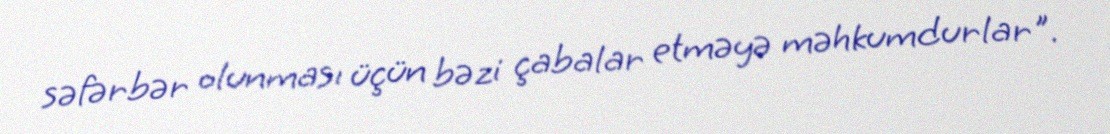
səfərbər olunması üçün bəzi çabalar etməyə məhkumdurlar".